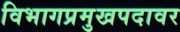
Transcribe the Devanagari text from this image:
विभागप्रमुखपदावर